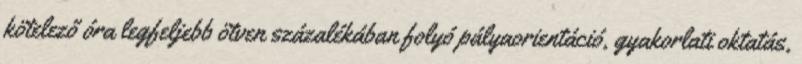
kötelező óra legfeljebb ötven százalékában folyó pályaorientáció, gyakorlati oktatás,